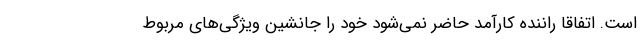
است. اتفاقاً راننده کارآمد حاضر نمی‌شود خود را جانشین ویژگی‌های مربوط